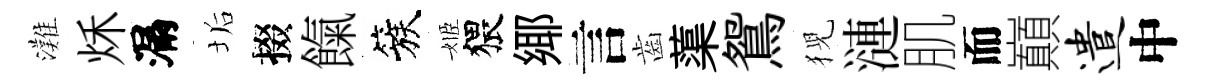
灘秌漏垢掇餼簇姬猥鄊言齒蕖鴛猊漣肌而巔遣中